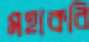
মহাকবি